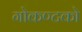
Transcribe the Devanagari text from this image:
गोकण्टको